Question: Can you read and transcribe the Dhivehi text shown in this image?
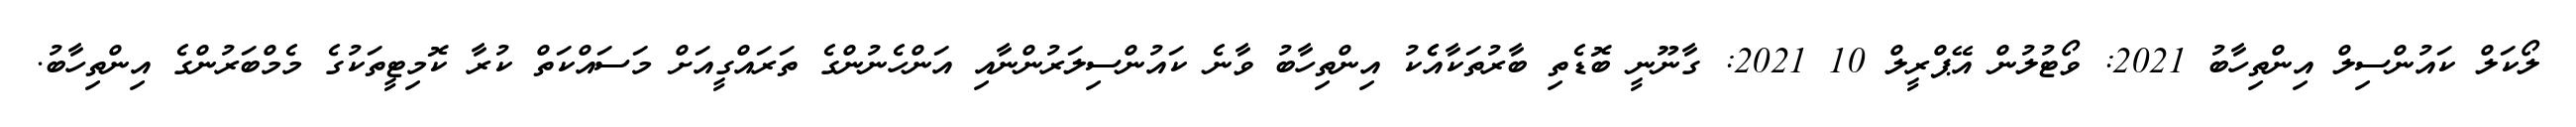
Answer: ލޯކަލް ކައުންސިލް އިންތިހާބު 2021: ވޯޓުލުން އޭޕްރީލް 10 2021: ގާނޫނީ ބޮޑެތި ބާރުތަކާއެެކު އިންތިހާބު ވާނެ ކައުންސިލަރުންނާއި އަންހެނުންގެ ތަރައްގީއަށް މަސައްކަތް ކުރާ ކޮމިޓީތަކުގެ މެމްބަރުންގެ އިންތިހާބު.